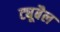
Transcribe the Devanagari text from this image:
ट्यूबैल